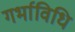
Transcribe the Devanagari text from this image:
गर्भाविधि